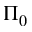
\Pi _ { 0 }